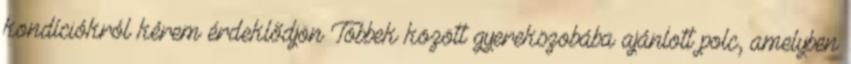
kondíciókról kérem érdeklődjön Többek között gyerekszobába ajánlott polc, amelyben